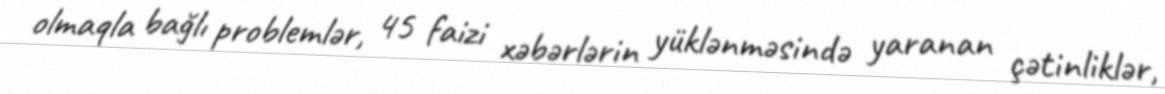
olmaqla bağlı problemlər, 45 faizi xəbərlərin yüklənməsində yaranan çətinliklər,